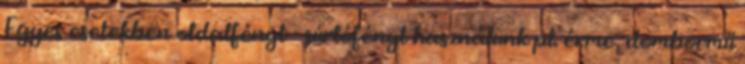
Egyes esetekben oldalfényt - súrlófényt használunk pl. érme, dombormű